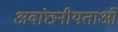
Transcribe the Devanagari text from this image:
अवांछनीयताओं